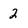
Character: 2